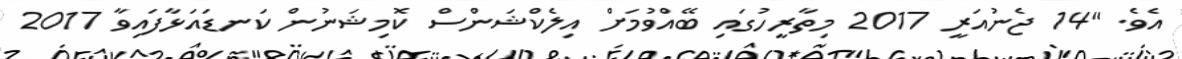
އެވެ. "14 ޖެނުއަރީ 2017 މިތާރީހުގައި ބޭއްވުމަށް އިލެކްޝަންސް ކޮމިޝަނުން ކަނޑައަޅާފައިވާ 2017